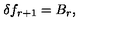
\delta f _ { r + 1 } = B _ { r } ,